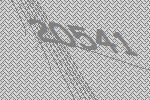
20541